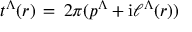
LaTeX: t ^ { \Lambda } ( r ) \, = \, 2 \pi ( p ^ { \Lambda } + \mathrm { i } \ell ^ { \Lambda } ( r ) )